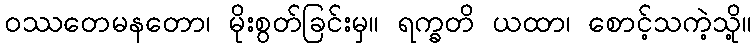
ဝဿတေမနတော၊ မိုးစွတ်ခြင်းမှ။ ရက္ခတိ ယထာ၊ စောင့်သကဲ့သို့။